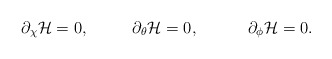
\begin{align*}\partial_\chi {\cal H} = 0, ~~~~~~~~ \partial_\theta {\cal H} = 0,~~~~~~~~~\partial_\phi {\cal H} = 0.\end{align*}